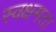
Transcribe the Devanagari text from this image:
स्वक्षमता